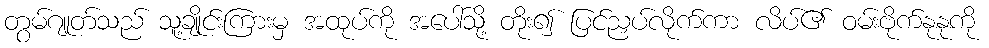
တွမ်ဂျုတ်သည် သူ့ချိုင်းကြားမှ အထုပ်ကို အပေါ်သို့ တိုး၍ ပြင်ညှပ်လိုက်ကာ လိပ်၏ ဝမ်းဗိုက်နုနုကို